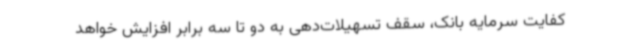
کفایت سرمایه بانک، سقف تسهیلات‌دهی به دو تا سه برابر افزایش خواهد